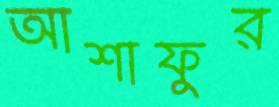
আশাফুর